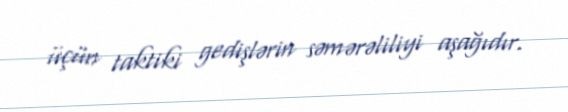
üçün taktiki gedişlərin səmərəliliyi aşağıdır.